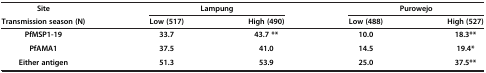
| Site | <COLSPAN=2> Lampung | <COLSPAN=2> Purowejo |
 | Transmission season (N) | Low (517) | High (490) | Low (488) | High (527) |
 | --- | --- | --- | --- | --- |
 | PfMSP1-19 | 33.7 | 43.7 ** | 10.0 | 18.3** |
 | PfAMA1 | 37.5 | 41.0 | 14.5 | 19.4* |
 | Either antigen | 51.3 | 53.9 | 25.0 | 37.5** |